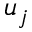
u _ { j }